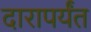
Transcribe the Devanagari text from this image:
दारापर्यंत